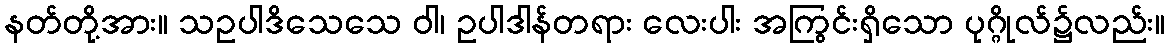
နတ်တို့အား။ သဥပါဒိသေသေ ဝါ၊ ဥပါဒါန်တရား လေးပါး အကြွင်းရှိသော ပုဂ္ဂိုလ်၌လည်း။